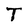
Character: T